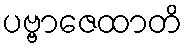
ပဗ္ဗာဇေထာတိ